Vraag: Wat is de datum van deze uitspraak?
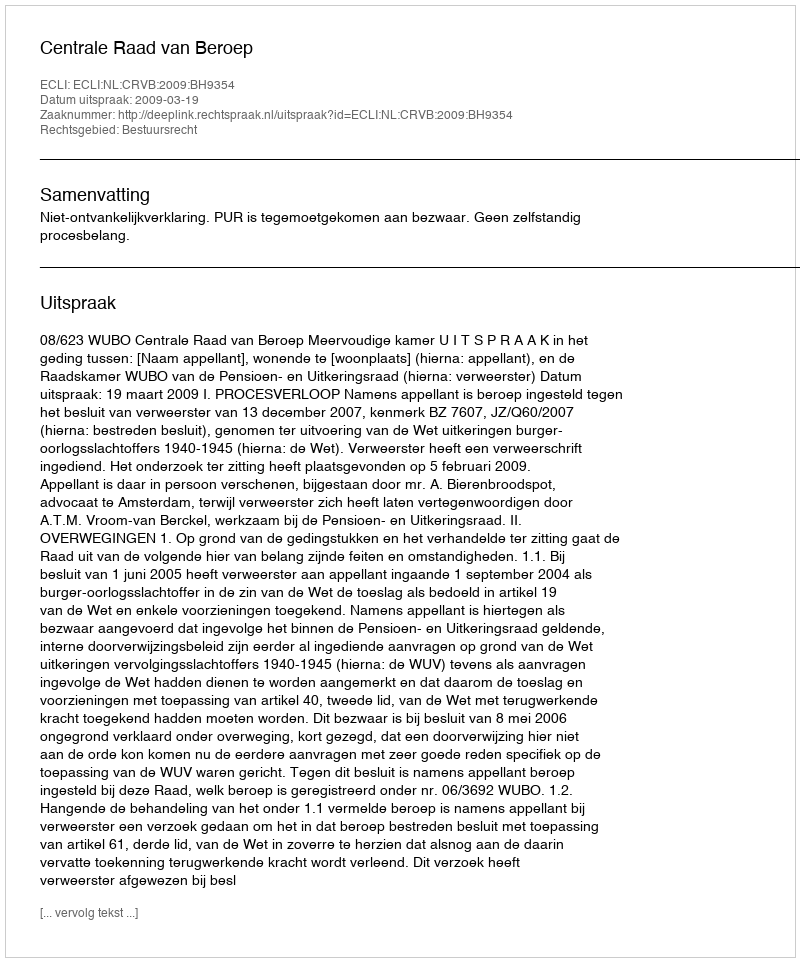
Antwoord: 2009-03-19